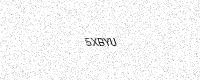
Text: 5XBYU